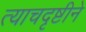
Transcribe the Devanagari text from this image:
त्याचदृष्टीने